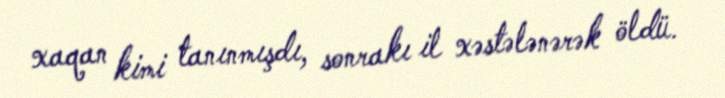
xaqan kimi tanınmışdı, sonrakı il xəstələnərək öldü.